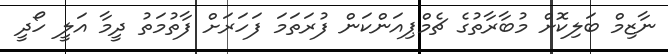
ނާޒިމް ބަލިކޮށް މުބާރާތުގެ ޗެމްޕިއަންކަން ފުރަތަމަ ފަހަރަށް ފާތުމަތު ދީމާ އަލީ ހޯދީ